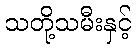
သတို့သမီးနှင့်